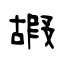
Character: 嘏